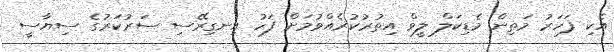
އެކި ފަހަރު މަތިން މެޑިކަލް ލީވް އިތުރުކުރެއްވުމަށް ފަހު އިނގިރޭސި ސަރުކަރުގެ ސިޔާސީ